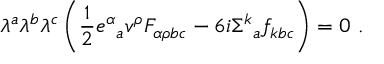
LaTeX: \lambda ^ { a } \lambda ^ { b } \lambda ^ { c } \left( \frac { 1 } { 2 } e ^ { \alpha } { } _ { a } v ^ { \rho } F _ { \alpha \rho b c } - 6 i \Sigma ^ { k } { } _ { a } f _ { k b c } \right) = 0 \ .